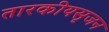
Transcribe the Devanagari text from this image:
तारकीयसृजन